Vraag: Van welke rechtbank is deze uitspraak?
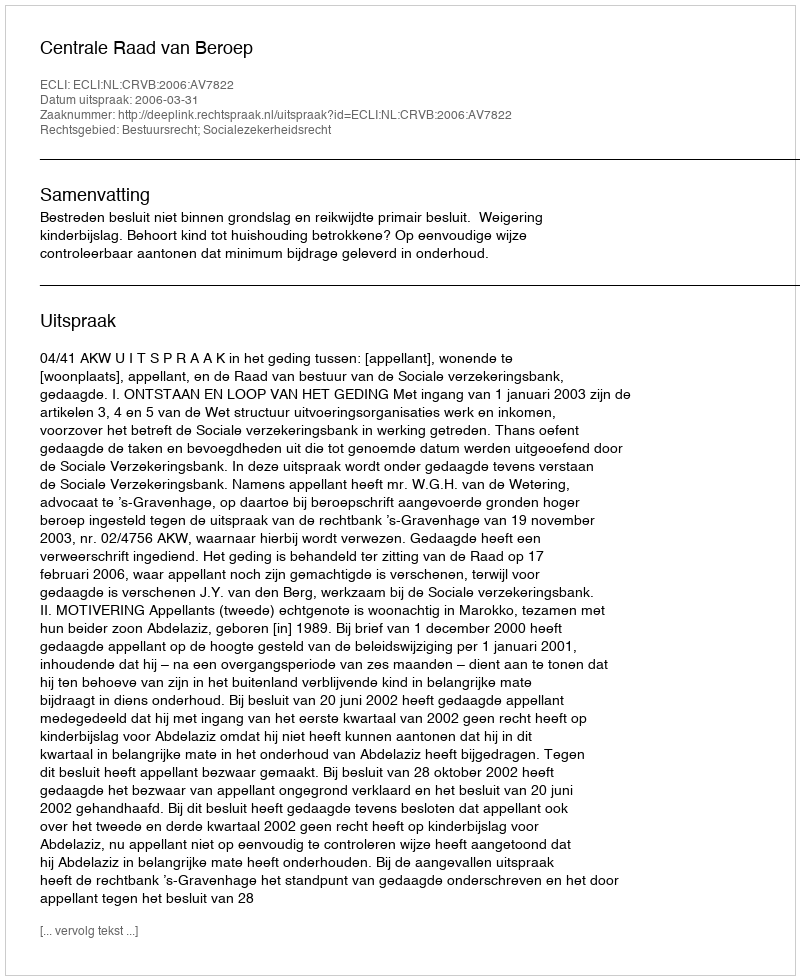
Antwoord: Centrale Raad van Beroep